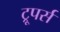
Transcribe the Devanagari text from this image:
ट्रूपर्स